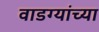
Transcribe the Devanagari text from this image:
वाडग्यांच्या